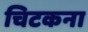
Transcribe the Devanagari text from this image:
चिटकना